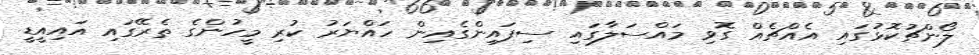
ލޯންޗުކޮޅުގައި އެއްޗެއް ގޮވި މައްސަލާގައި ސިފައިންގެއިން ހައްޔަރު ކުރި މީހުންގެ ތެރޭގައި އައިއީޑީ